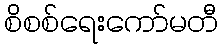
စိစစ်ရေးကော်မတီ